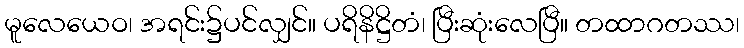
မူလေယေဝ၊ အရင်း၌ပင်လျှင်။ ပရိနိဋ္ဌိတံ၊ ပြီးဆုံးလေပြီ။ တထာဂတဿ၊